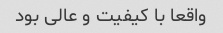
واقعا با کیفیت و عالی بود